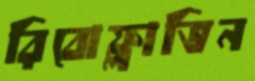
রিবোফ্লাভিন